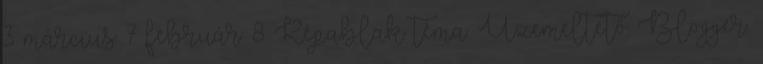
3 március 7 február 8 Képablak téma. Üzemeltető: Blogger.